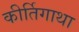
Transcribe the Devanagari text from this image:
कीर्तिगाथा